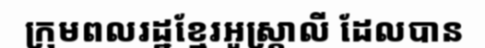
ក្រុមពលរដ្ឋខ្មែរអូស្ត្រាលី ដែលបាន